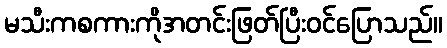
မသီးကစကားကိုအတင်းဖြတ်ပြီးဝင်ပြောသည်။